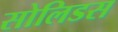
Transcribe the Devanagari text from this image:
सोलिडस